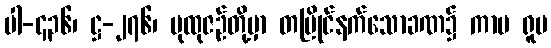
ပါ-၄၃၆၊ ဋ္ဌ-၂၇၆၊ ပုထုဇဉ်တို့မှာ တပြိုင်နက်သောခဏ၌ ကာမ ရူပ